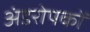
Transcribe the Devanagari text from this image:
अंडरोपकों